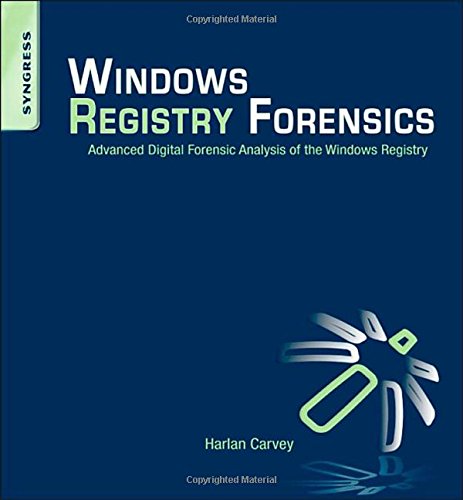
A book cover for Windows Registry Forensics: Advanced Digital Forensic Analysis of the Windows Registry; Harlan Carvey; Computers & Technology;